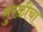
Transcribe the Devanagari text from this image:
मुरळींचा